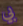
بي